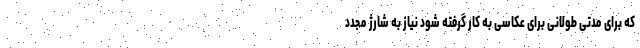
که برای مدتی طولانی برای عکاسی به کار گرفته شود نیاز به شارژ مجدد